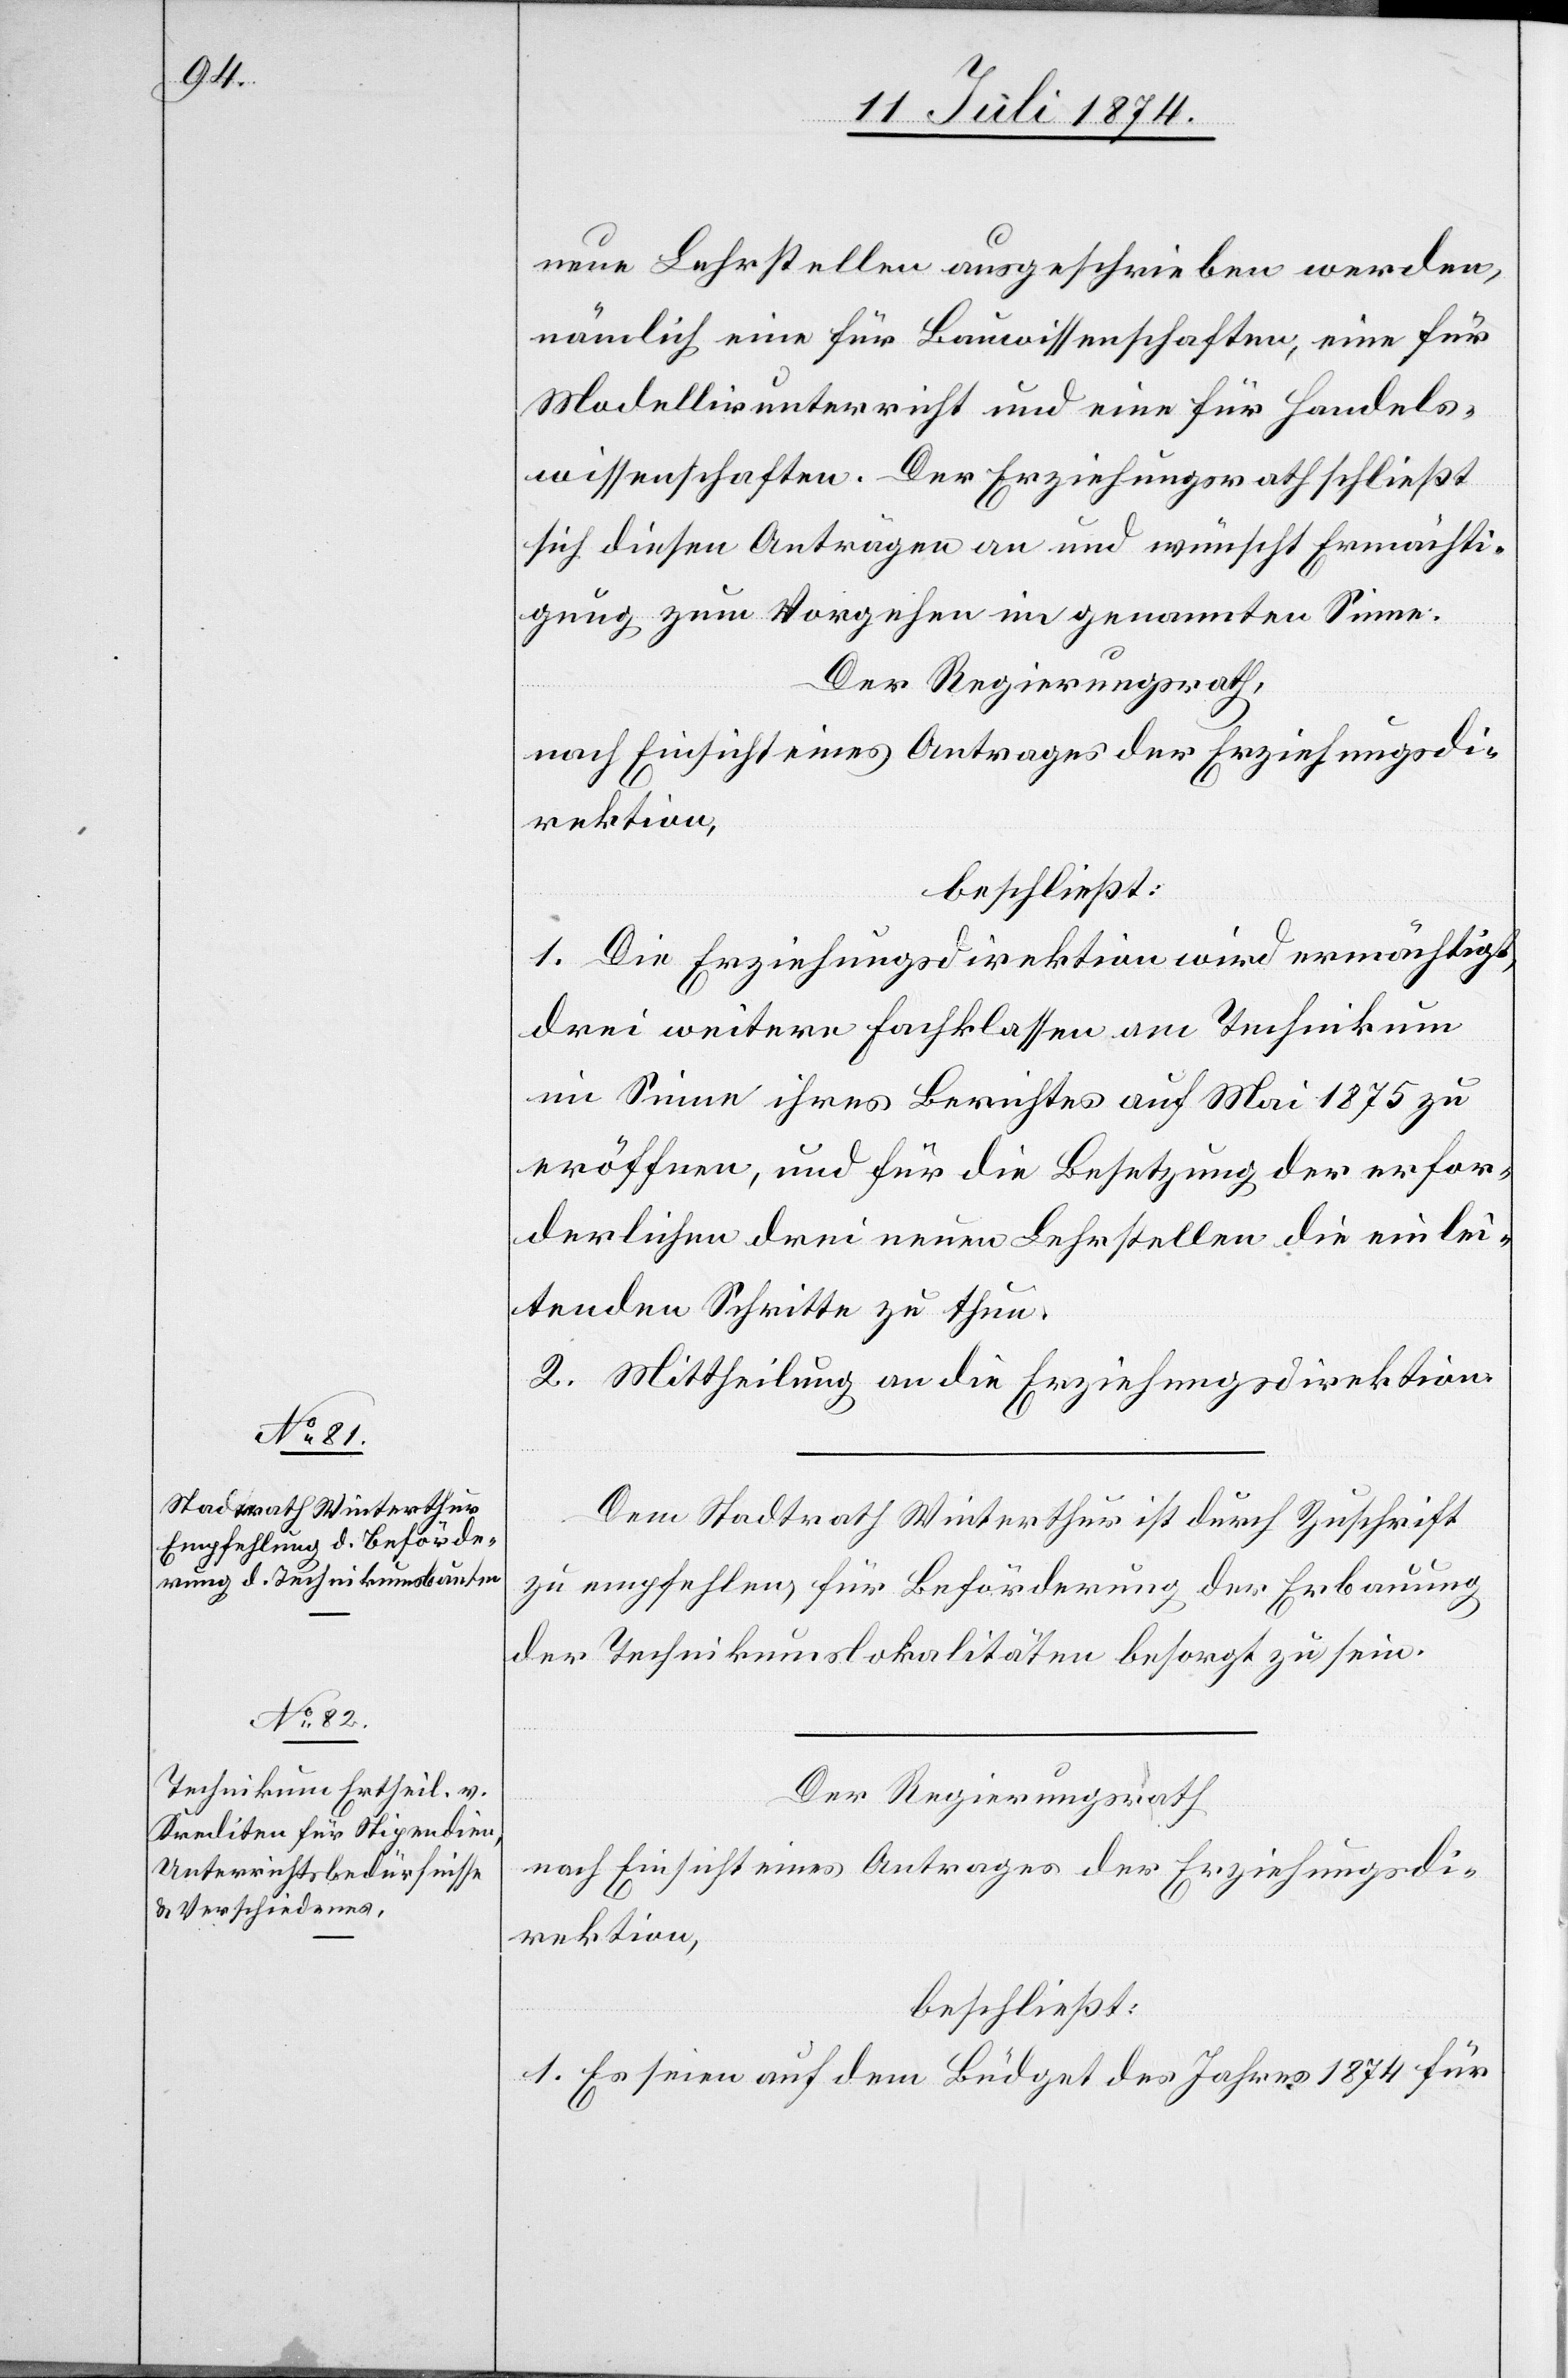
neue Lehrstellen ausgeschrieben werden,
nämlich eine für Bauwissenschaften, eine für
Modellirunterricht und eine für Handels¬
wissenschaften. Der Erziehungsrath schließt
sich diesen Anträgen an und wünscht Ermächti¬
gung zum Vorgehen im genannten Sinne.
Der Regierungsrath,
nach Einsicht eines Antrages der Erziehungsdi¬
rektion,
beschließt:
1. Die Erziehungsdirektion wird ermächtigt,
drei weitere Fachklassen am Technikum
im Sinne ihres Berichtes auf Mai 1875 zu
eröffnen, und für die Besetzung der erfor¬
derlichen drei neuen Lehrstellen die einlei¬
tenden Schritte zu thun.
2. Mittheilung an die Erziehungsdirektion.
Dem Stadtrath Winterthur ist durch Zuschrift
zu empfehlen für Beförderung der Erbauung
der Technikumslokalitäten besorgt zu sein.
Der Regierungsrath,
nach Einsicht eines Antrages der Erziehungsdi¬
rektion,
beschließt:
1. Es seien auf dem Büdget des Jahres 1874 für